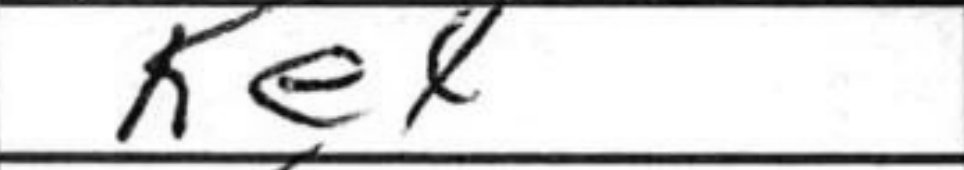
Transcription: Ke4